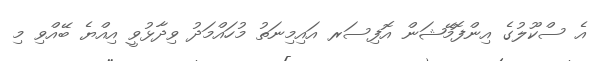
އެ ސްކޫލުގެ އިންފޮމޭޝަން އޮފިސަރ އައިމިނަތު މުހައްމަދު ވިދާޅުވީ އިއްޔެ ބޭއްވި މި